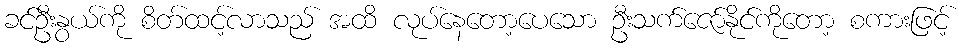
ခင်ဦးနွယ်ကို စိတ်ထင့်လာသည် အထိ လုပ်နေတော့ပေသော ဦးသက်ဇော်နိုင်ကိုတော့ စကားဖြင့်